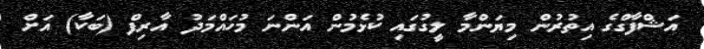
އަޝްފާގްގެ އިތުރުން މިޔަންމާ ލީގުގައި ކުޅެމުން އަންނަ މުހައްމަދު އާރިފް (ބަކާ) އަށް